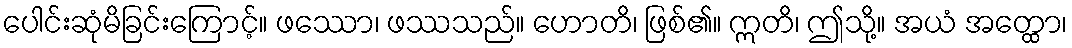
ပေါင်းဆုံမိခြင်းကြောင့်။ ဖဿော၊ ဖဿသည်။ ဟောတိ၊ ဖြစ်၏။ ဣတိ၊ ဤသို့။ အယံ အတ္ထော၊